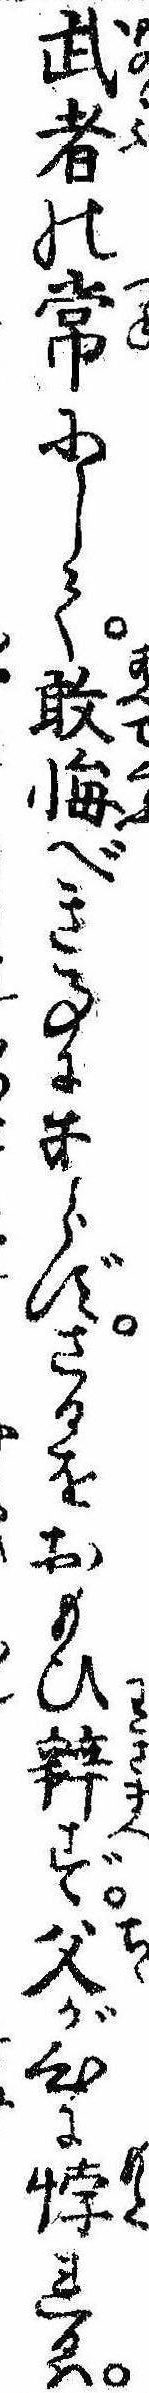
武者の常にして敢悔べき事にあらずさるをおもひ弁ず父が心に悖れるは